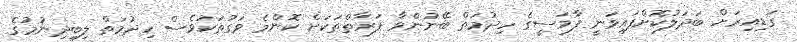
ގަޑިއިރަށް ބަދަލުކޮށްފައިވަނީ ފާމަސީގެ ހިދުމަތް ބޭނުންވާ ފަރާތްތަކަށް ކޮންމެ ވަގުތަކުވެސް ހިދުމަތް ލިބިދިނުމުގެ